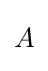
{\begin{aligned}A\end{aligned}}